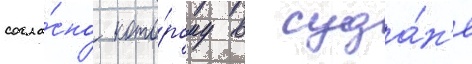
согла́сно кото́рому в суда́н'е